Annual returns of the Patna Lunatic Asylum at Bankipore in Bihar and Orissa - 1912-1924
Year: 1912
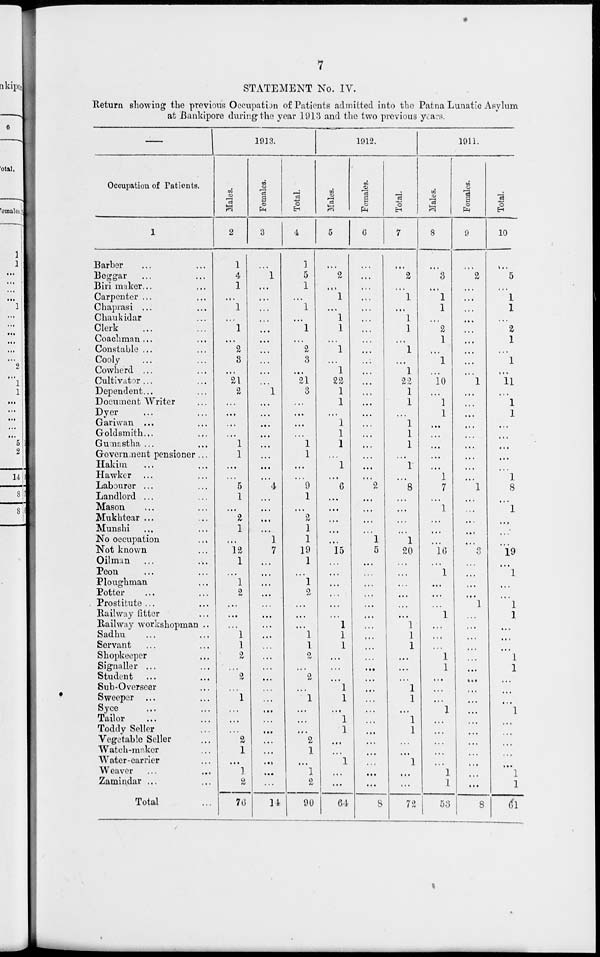
7
STATEMENT No. IV.
Return showing the previous Occupation of Patients admitted into the Patna Lunatic Asylum
at Bankipore during the year 1913 and the two previous years.
—
Occupation of Patients.
1
Barber ... ...
Beggar ... ...
Biri maker ... ...
Carpenter ... ...
Chaprasi ... ...
Chaukidar ... ...
Clerk ... ...
Coachman ... ...
Constable ... ...
Cooly ... ...
Cowherd ... ...
Cultivator ... ...
Dependent ... ...
Document Writer ...
Dyer ... ...
Gariwan ... ...
Goldsmith ... ...
Gumastha ... ...
Government pensioner ...
Hakim ... ...
Hawker ... ...
Labourer ... ...
Landlord ... ...
Mason ... ...
Mukhtear ... ...
Munshi ... ...
No occupation ... ...
Not known ... ...
Oilman ... ...
Peon ... ...
Ploughman ... ...
Potter ... ...
Prostitute ... ...
Railway fitter ... ...
Railway workshopman ..
Sadhu ... ...
Servant ... ...
Shopkeeper ... ...
Signaller ...
Student ... ...
Sub-Overseer ... ...
Sweeper ... ...
Syce ... ...
Tailor ... ...
Toddy Seller ... ...
Vegetable Seller ...
Watch-maker ... ...
Water-carrier ... ...
Weaver ... ...
Zamindar ... ...
Total ...
1913.
Males.
2
1
4
1
...
1
...
1
...
2
3
...
21
2
...
...
...
...
1
1
...
...
5
1
...
2
1
...
12
1
...
1
2
...
...
...
1
1
2
...
2
...
1
...
...
...
2
1
...
1
2
76
Females.
3
...
1
...
...
...
...
...
...
...
...
...
...
1
...
...
...
...
...
...
...
...
4
...
...
...
...
1
7
...
...
...
...
...
...
...
...
...
...
...
...
...
...
...
...
...
...
...
...
...
...
14
Total.
4
1
5
1
...
1
...
1
...
2
3
...
21
3
...
...
...
...
1
1
...
...
9
1
...
2
1
1
19
1
...
1
2
...
...
...
1
1
2
...
2
...
1
...
...
...
2
1
...
1
2
90
1912.
Males.
5
...
2
...
1
...
1
1
...
1
...
1
22
1
1
...
1
1
1
...
1
...
6
...
...
...
...
...
15
...
...
...
...
...
...
1
1
1
...
...
...
1
1
...
1
1
...
...
1
...
...
64
Females.
6
...
...
...
...
...
...
...
...
...
...
...
...
...
...
...
...
...
...
...
...
...
2
...
...
...
...
1
5
...
...
...
...
...
...
...
...
...
...
...
...
...
...
...
...
...
...
...
...
...
...
8
Total.
7
...
2
...
1
...
1
1
...
1
...
1
22
1
1
...
1
1
1
...
1
...
8
...
...
...
...
1
20
...
...
...
...
...
...
1
1
1
...
...
...
1
1
...
1
1
...
...
1
...
72
1911.
Males.
8
...
3
...
1
1
...
2
1
...
1
...
10
...
1
1
...
...
...
...
...
1
7
...
1
...
...
...
16
...
1
...
...
...
1
...
...
...
1
1
...
...
...
1
...
...
...
...
...
1
1
53
Females.
9
...
2
...
...
...
...
...
...
...
...
...
1
...
...
...
...
...
...
...
...
...
1
...
...
...
...
...
3
...
...
...
...
1
...
...
...
...
...
...
...
...
...
...
...
...
...
...
...
...
...
8
Total.
10
...
5
...
1
1
...
2
1
...
1
...
11
...
1
1
...
...
...
...
...
1
8
...
1
...
...
...
19
...
1
...
...
1
1
...
...
...
1
1
...
...
...
1
...
...
...
...
...
1
1
61